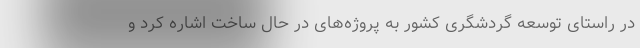
در راستای توسعه گردشگری کشور به پروژه‌های در حال ساخت اشاره کرد و